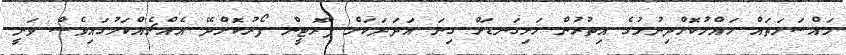
މައްސަލަތައް ހައްލުކޮށްދިނުމުގެ އިތުރުން ހަށިގަނޑަށް ގިނަ އަދަދަކަށް ޕްރޮޓީން ފޯރުކޮށްދޭ އެއްޗެއްކަމުގައިވެސް ވަނީ